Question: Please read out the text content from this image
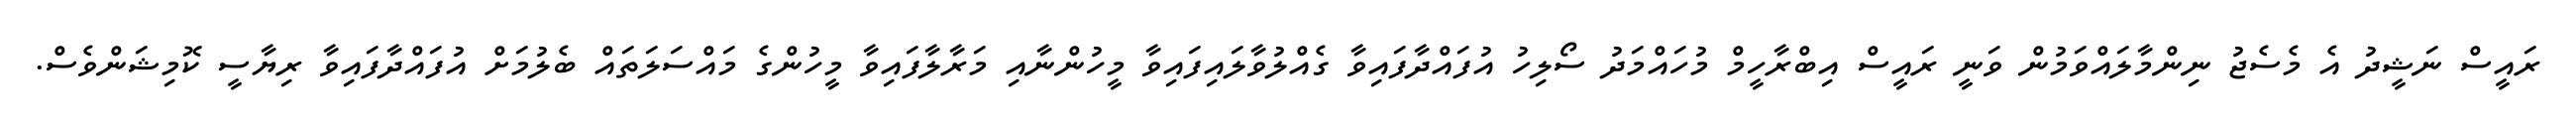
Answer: ރައީސް ނަޝީދު އެ މެސެޖު ނިންމާލައްވަމުން ވަނީ ރައީސް އިބްރާހީމް މުހައްމަދު ސޯލިހު އުފައްދާފައިވާ ގެއްލުވާލައިފައިވާ މީހުންނާއި މަރާލާފައިވާ މީހުންގެ މައްސަލަތައް ބެލުމަށް އުފައްދާފައިވާ ރިޔާސީ ކޮމިޝަންވެސް.